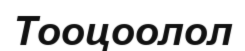
Тооцоолол